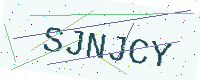
Text: SJNJCY